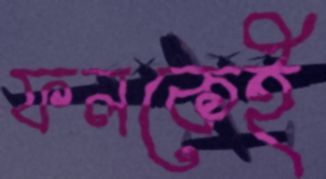
ফলকেই